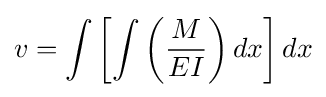
v=\int \left[\int \left({\frac {M}{EI}}\right)dx\right]dx